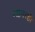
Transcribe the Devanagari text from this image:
ग्यागरहीं